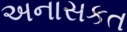
અનાસકત